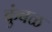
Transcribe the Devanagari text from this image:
कुंबळ